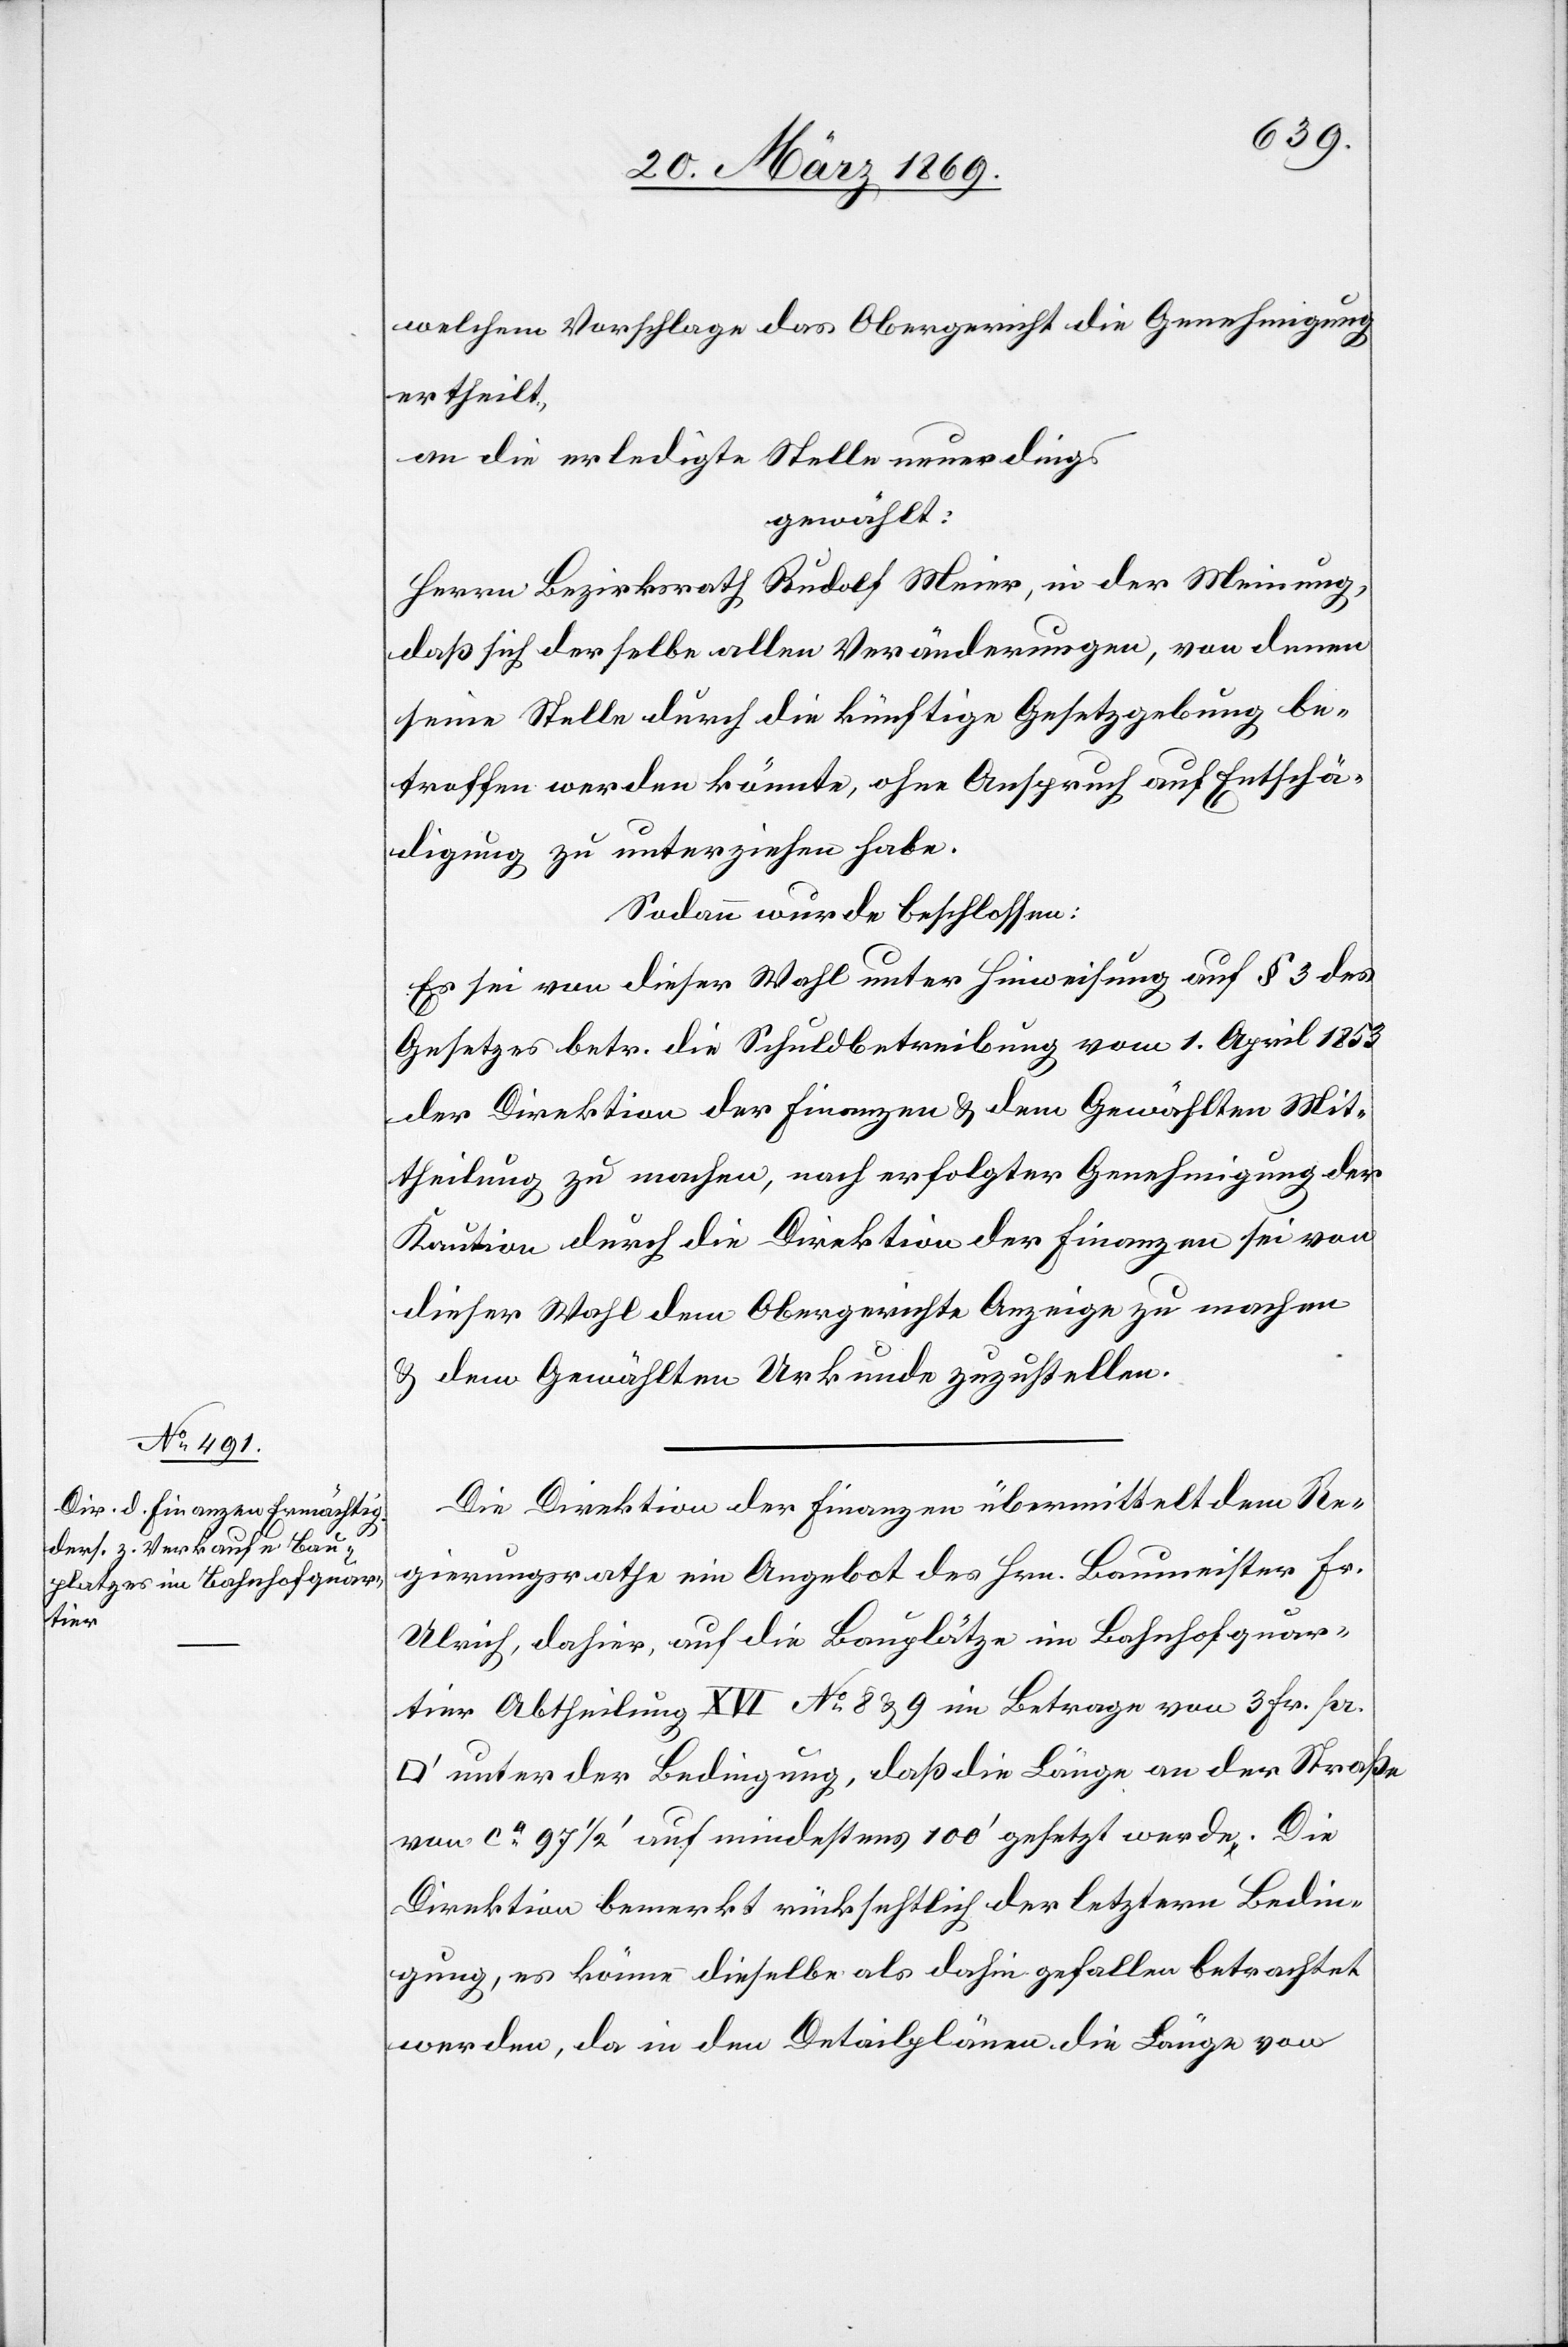
die

ertheilt,
an die erledigte Stelle neuerdings
gewählt:
Herrn Bezirksrath Rudolf Meier, in der Meinung,
daß sich derselbe allen Veränderungen, von denen
seine Stelle durch die künftige Gesetzgebung be¬
troffen werden könnte, ohne Anspruch auf Entschä¬
digung zu unterziehen habe.
Sodann wurde beschlossen:
Es sei von dieser Wahl unter Hinweisung auf § 3 des
Gesetzes betr. die Schuldbetreibung vom 1. April 1853
der Direktion der Finanzen & dem Gewählten Mit¬
theilung zu machen, nach erfolgter Genehmigung der
Kaution durch die Direktion der Finanzen sei von
dieser Wahl dem Obergerichte Anzeige zu machen
& dem Gewählten Urkunde zuzustellen.
Die Direktion der Finanzen übermittelt dem Re¬
gierungsrathe ein Angebot des Hrn. Baumeister Fr.
Ulrich, dahier, auf die Bauplätze im Bahnhofquar¬
tier Abtheilung XVI N° 8 & 9 im Betrage von 3 Fr. pr
unter der Bedingung, daß die Länge an der Straße
von ca 97 1/2’ auf mindestens 100’ gesetzt werde. Die
Direktion bemerkt rücksichtlich der letztern Bedin¬
gung, es könne dieselbe als dahin gefallen betrachtet
werden, da in den Detailplänen die Länge von